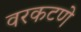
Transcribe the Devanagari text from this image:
वरकटणे